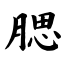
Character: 腮